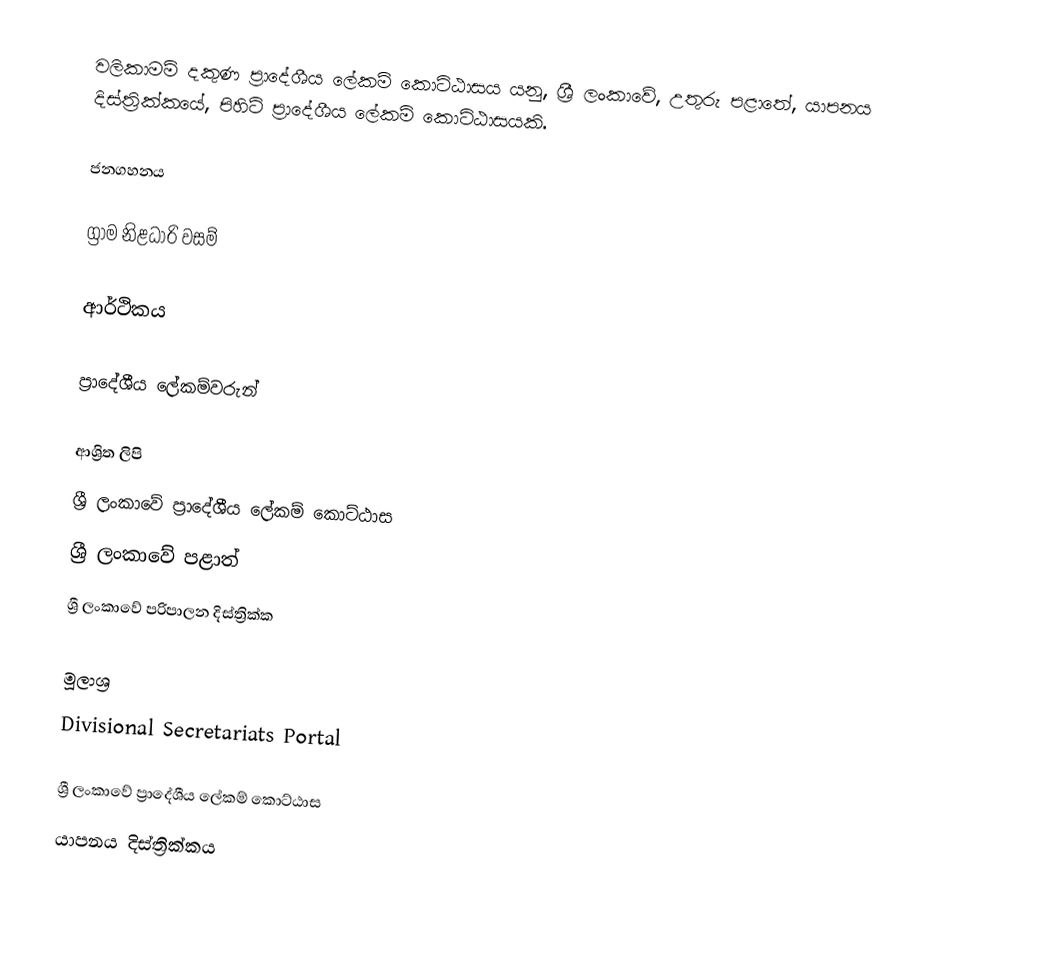
වලිකාමම් දකුණ ප්‍රාදේශීය ලේකම් කොට්ඨාසය යනු,  ශ්‍රී ලංකාවේ, උතුරු පළාතේ,   යාපනය දිස්ත්‍රික්කයේ, පිහිටි ප්‍රාදේශීය ලේකම් කොට්ඨාසයකි.

ජනගහනය

ග්‍රාම නිළධාරි වසම්

ආර්ථිකය

ප්‍රාදේශීය ලේකම්වරුන්

ආශ්‍රිත ලිපි
ශ්‍රී ලංකාවේ ප්‍රාදේශීය ලේකම් කොට්ඨාස
ශ්‍රී ලංකාවේ පළාත්
ශ්‍රී ලංකාවේ පරිපාලන දිස්ත්‍රික්ක

මූලාශ්‍ර
 Divisional Secretariats Portal

ශ්‍රී ලංකාවේ ප්‍රාදේශීය ලේකම් කොට්ඨාස
යාපනය දිස්ත්‍රික්කය